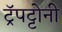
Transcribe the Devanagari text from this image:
ट्रॅपट्टोनी